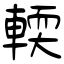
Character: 輭